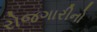
રોજગારીનો